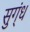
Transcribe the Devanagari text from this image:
सुग्ंध